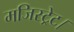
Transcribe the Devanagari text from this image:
मजिस्ट्रेट।